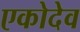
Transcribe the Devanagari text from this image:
एकोदेव